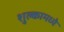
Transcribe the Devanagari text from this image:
शुल्कामध्ये